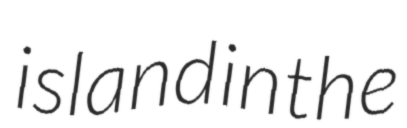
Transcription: island in the